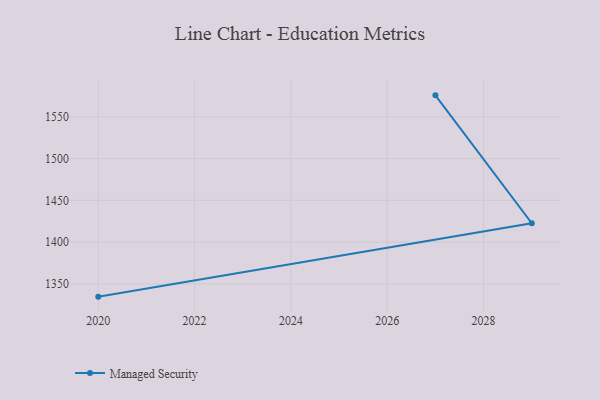
{"axis": {"x": "Year", "y": "Gross Profit (USD K)"}, "legend": ["Managed Security"], "data": [{"x": "2027", "y": 1575.6, "type": "Managed Security"}, {"x": "2029", "y": 1422.6, "type": "Managed Security"}, {"x": "2020", "y": 1334.8, "type": "Managed Security"}]}